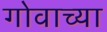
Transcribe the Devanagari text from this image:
गोवाच्या